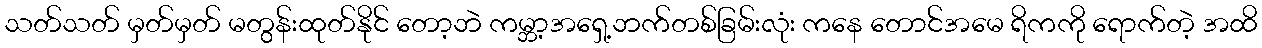
သတ်သတ် မှတ်မှတ် မတွန်းထုတ်နိုင် တော့ဘဲ ကမ္ဘာ့အရှေ့ဘက်တစ်ခြမ်းလုံး ကနေ တောင်အမေ ရိကကို ရောက်တဲ့ အထိ